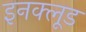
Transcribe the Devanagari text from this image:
इनक्लूड